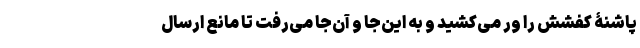
پاشنۀ کفشش را ور می‌کشید و به این‌جا و آن‌جا می‌رفت تا مانع ارسال